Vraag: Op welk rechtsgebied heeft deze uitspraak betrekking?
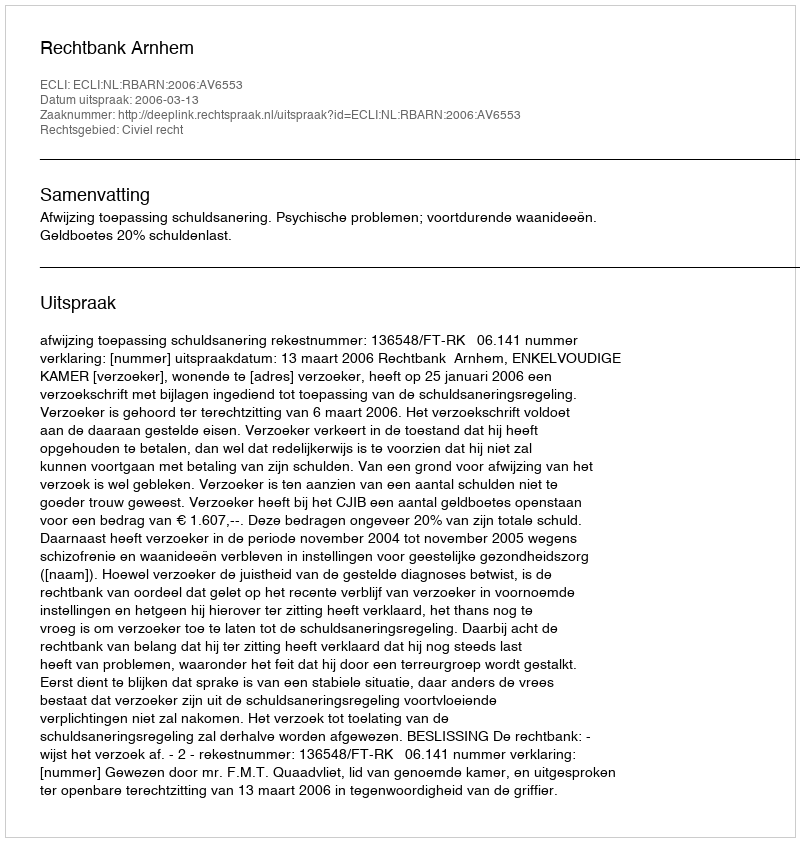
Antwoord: Civiel recht